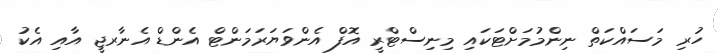
ހުރި މަސައްކަތް ނިންމުމަށްޓަކައި މިނިސްޓްރީ އޮފް އެންވަޔަރަމަންޓް އެންޑް އެނާރޖީ އާއި އެކު